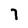
Character: 7